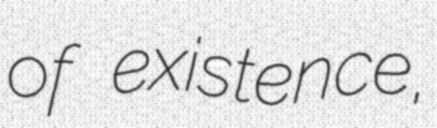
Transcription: of existence,